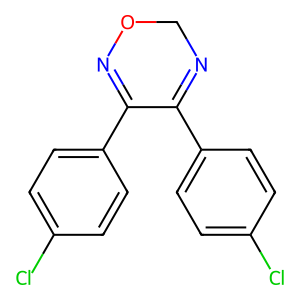
SMILES: Clc1ccc(C2=NCON=C2c2ccc(Cl)cc2)cc1
Inhibits HIV replication: No